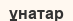
ұнатар